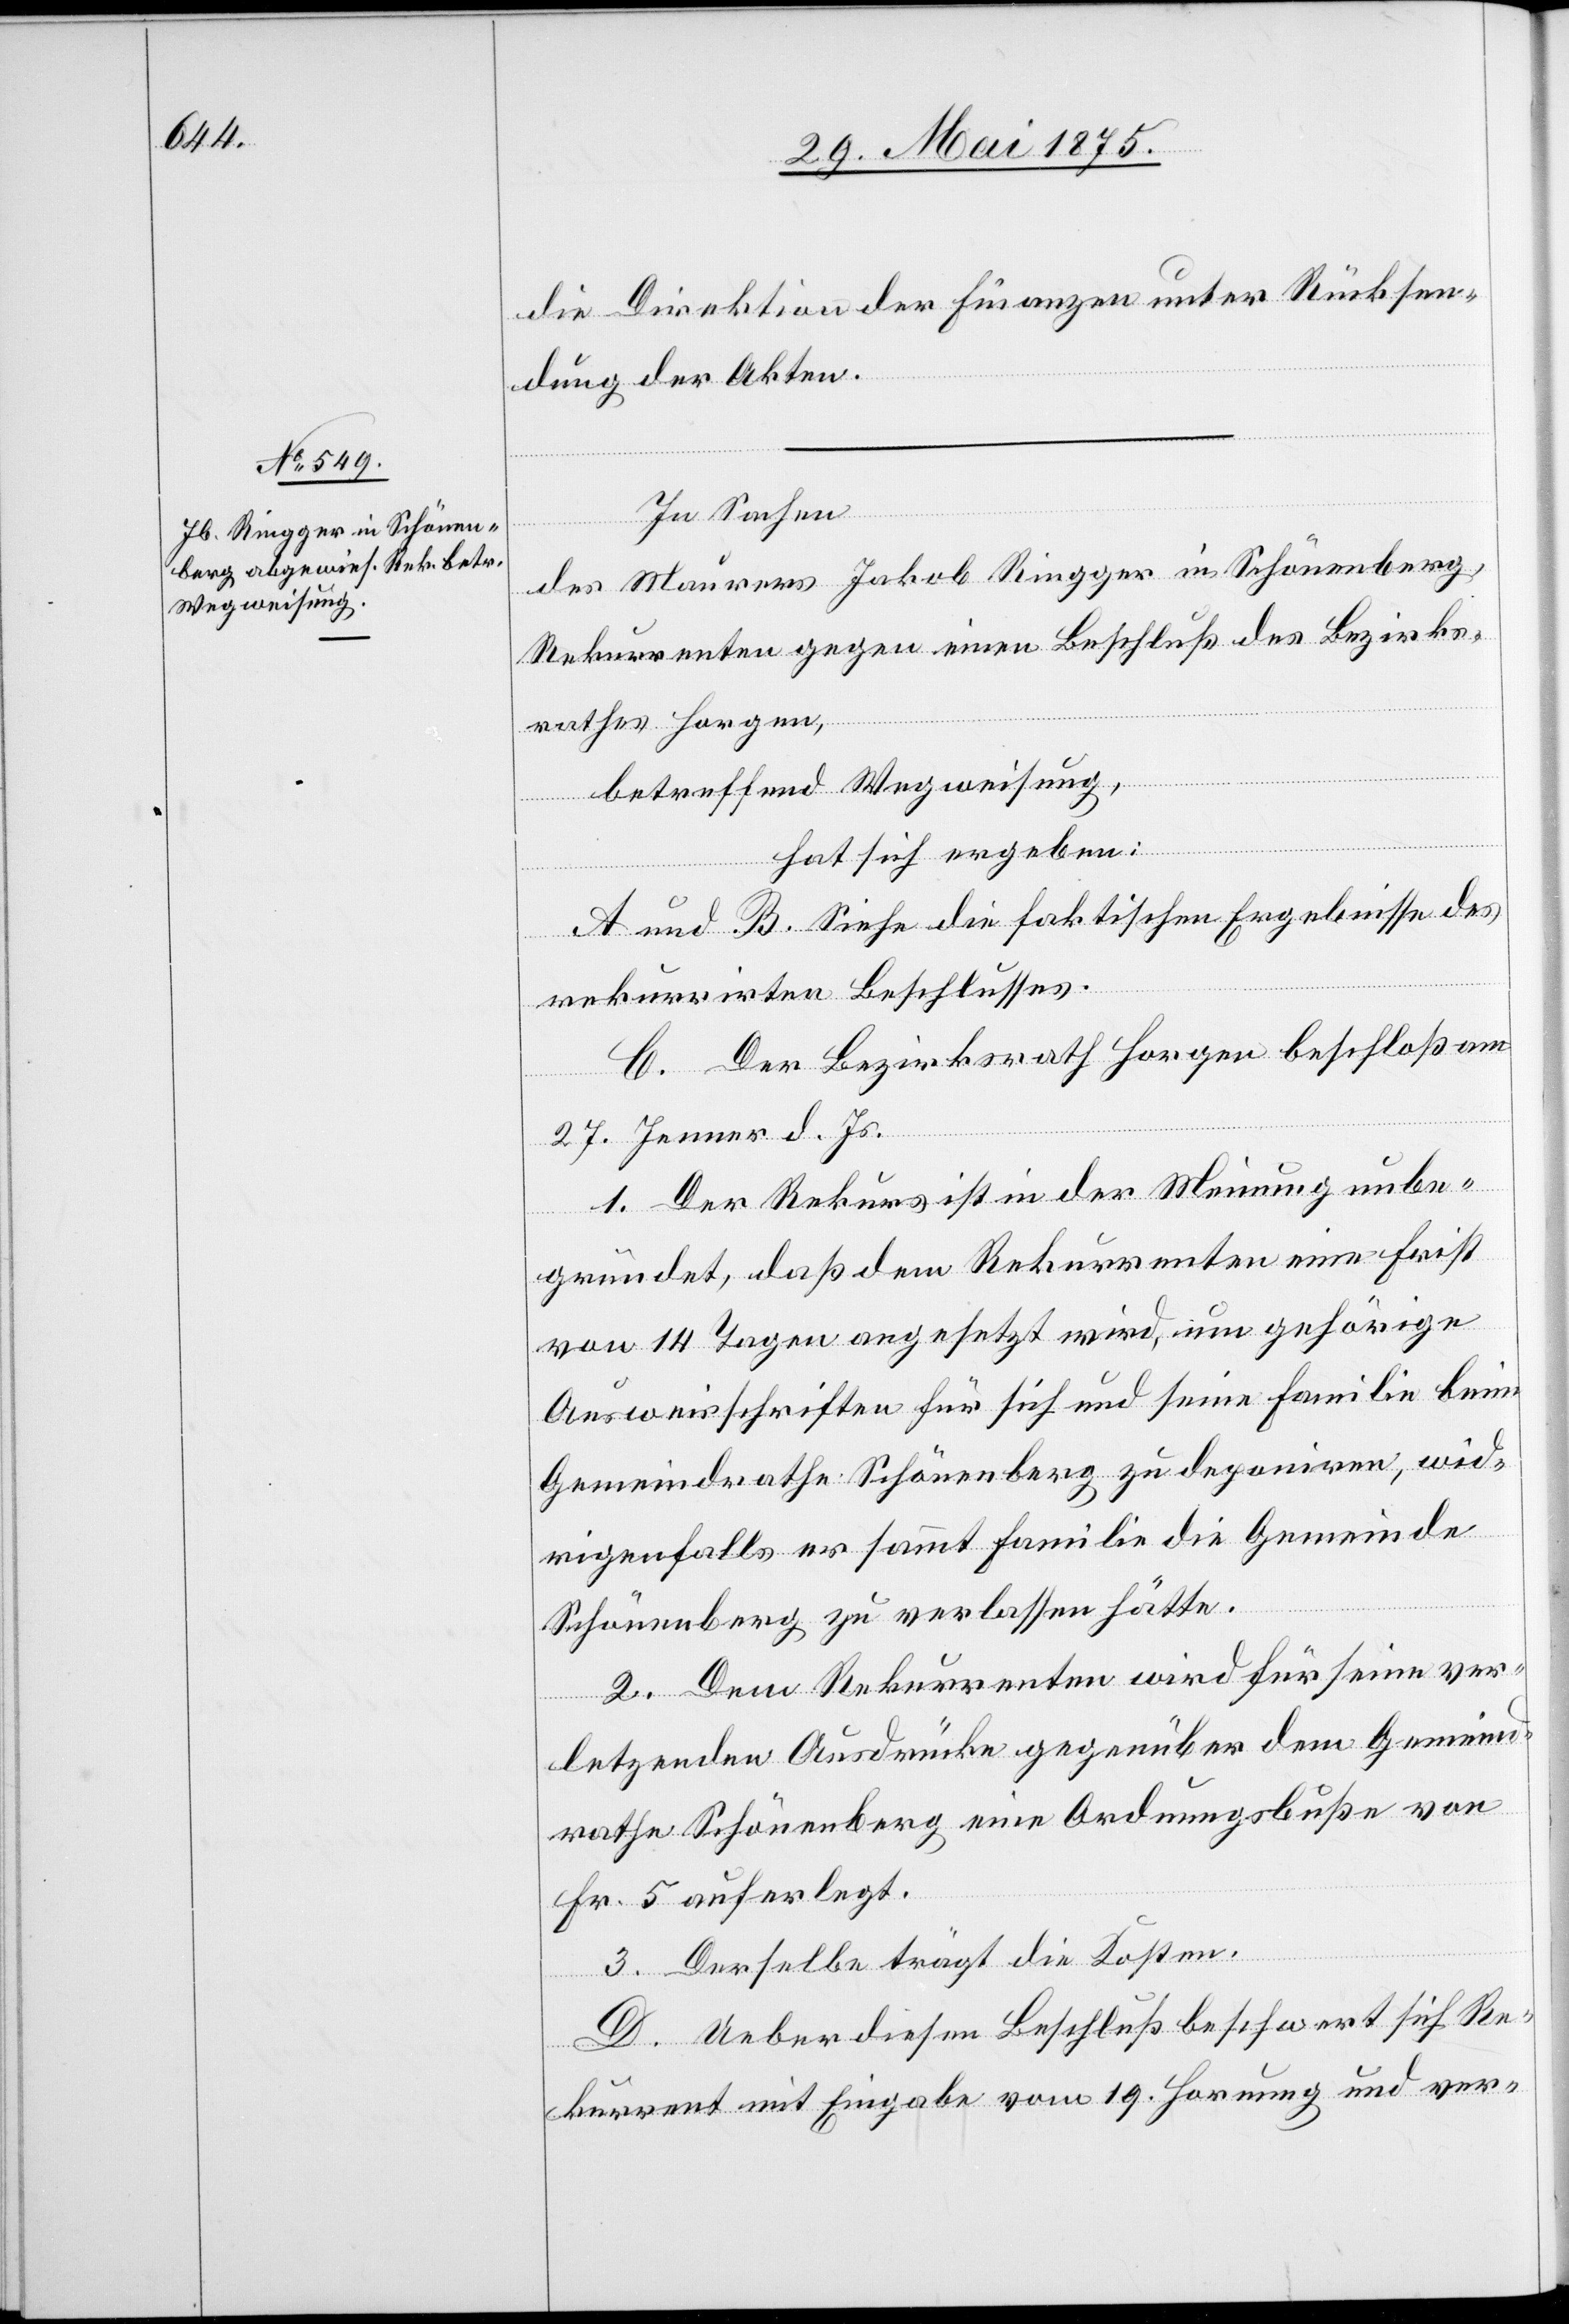
die Direktion der Finanzen unter Rücksen¬
dung der Akten.
In Sachen
des Maurers Jakob Ringger in Schönenberg,
Rekurrenten gegen einen Beschluß des Bezirks¬
rathes Horgen,
betreffend Wegweisung,
hat sich ergeben:
A und B. Siehe die faktischen Ergebnisse des
rekurrirten Beschlusses.
C. Der Bezirksrath Horgen beschloß am
27. Jenner d. Js.[:]
1. Der Rekurs ist in der Meinung unbe¬
gründet, daß dem Rekurrenten eine Frist
von 14 Tagen angesetzt wird, um gehörige
Ausweisschriften für sich und seine Familie beim
Gemeindrathe Schönenberg zu deponiren, wid¬
rigenfalls er sammt Familie die Gemeinde
Schönenberg zu verlassen hätte.
2. Dem Rekurrenten wird für seine ver¬
letzenden Ausdrücke gegenüber dem Gemeind¬
rathe Schönenberg eine Ordnungsbuße von
Fr. 5 auferlegt.
3. Derselbe trägt die Kosten.
D. Ueber diesen Beschluß beschwert sich Re¬
kurrent mit Eingabe vom 19. Hornung und ver-